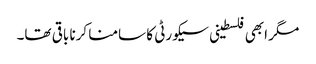
مگر ابھی فلسطینی سیکورٹی کا سامنا کرنا باقی تھا۔